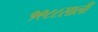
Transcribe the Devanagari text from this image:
१९८८साली